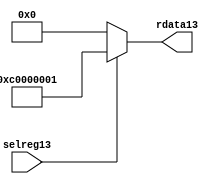
//File13 name   : smc_cfreg_lite13.v
//Title13       : 
//Created13     : 1999
//Description13 : Single13 instance of a config register
//Notes13       : 
//----------------------------------------------------------------------
//   Copyright13 1999-2010 Cadence13 Design13 Systems13, Inc13.
//   All Rights13 Reserved13 Worldwide13
//
//   Licensed13 under the Apache13 License13, Version13 2.0 (the
//   "License13"); you may not use this file except13 in
//   compliance13 with the License13.  You may obtain13 a copy of
//   the License13 at
//
//       http13://www13.apache13.org13/licenses13/LICENSE13-2.0
//
//   Unless13 required13 by applicable13 law13 or agreed13 to in
//   writing, software13 distributed13 under the License13 is
//   distributed13 on an "AS13 IS13" BASIS13, WITHOUT13 WARRANTIES13 OR13
//   CONDITIONS13 OF13 ANY13 KIND13, either13 express13 or implied13.  See
//   the License13 for the specific13 language13 governing13
//   permissions13 and limitations13 under the License13.
//----------------------------------------------------------------------



module smc_cfreg_lite13 (
  // inputs13
  selreg13,

  // outputs13
  rdata13
);


// Inputs13
input         selreg13;               // select13 the register for read/write access

// Outputs13
output [31:0] rdata13;                 // Read data

wire   [31:0] smc_config13;
wire   [31:0] rdata13;


assign rdata13 = ( selreg13 ) ? smc_config13 : 32'b0;
assign smc_config13 =  {1'b1,1'b1,8'h00, 2'b00, 2'b00, 2'b00, 2'b00,2'b00,2'b00,2'b00,8'h01};




endmodule // smc_cfreg13